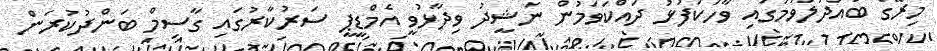
މިރޭގެ ބައްދަލުވުމުގައި ވާހަކަފުޅު ދައްކަވަމުން ނަޝީދު ވިދާޅުވީ އެމްޑީޕީ ސަރުކާރުގައި ގާސިމް ބަންދުކުރަން